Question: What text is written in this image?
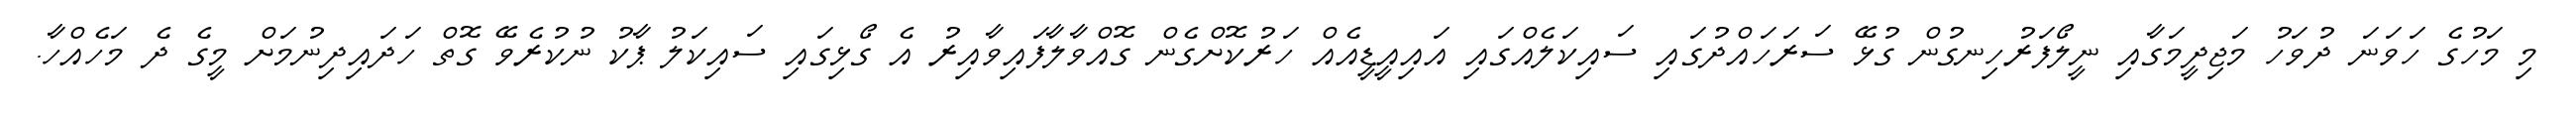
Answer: މި މަހުގެ ހަވަނަ ދުވަހު މަޖިދީމަގާއި ނީލޯފަރުހިނގުން ގުޅޭ ސަރަހައްދުގައި ސައިކަލެއްގައި އައިއީޑީއެއް ހަރުކޮށްގެން ގޮއްވާލާފައިވާއިރު އެ ގޯޅިގައި ސައިކަލު ޕާކު ނުކުރެވޭ ގޮތް ހަދައިދިނުމަށް މީގެ ދެ މަހެއްހާ.